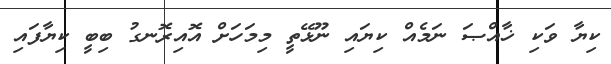
ކިޔާ ވަކި ޚާއްޞަ ނަމެއް ކިޔައި ނޫޅޭތީ މިމަހަށް އޮއިރޮނގު ބިބީ ކިޔާފައި